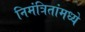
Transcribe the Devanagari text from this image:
निमंत्रितांमध्ये